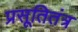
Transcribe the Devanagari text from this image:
प्रसूतितंत्र